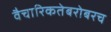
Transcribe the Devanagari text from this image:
वैचारिकतेबरोबरच